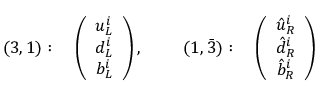
( 3 , 1 ) : \quad \left( \begin{array} { c } { { u _ { L } ^ { i } } } \\ { { d _ { L } ^ { i } } } \\ { { b _ { L } ^ { i } } } \end{array} \right) , ~ ~ ~ ~ \quad ( 1 , \bar { 3 } ) : \quad \left( \begin{array} { c } { { \hat { u } _ { R } ^ { i } } } \\ { { \hat { d } _ { R } ^ { i } } } \\ { { \hat { b } _ { R } ^ { i } } } \end{array} \right)